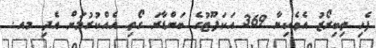
ފެހި ތިބިރޯޒު އެވެކިޔާ 369 އަކަފޫޓުގެ ބަންޑާރަ ގޯތި އެއްކުރުމަށް އެދި މއ.